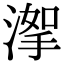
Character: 𣹤